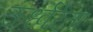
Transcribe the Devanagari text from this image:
ऊर्ध्वरेता